Subject: math
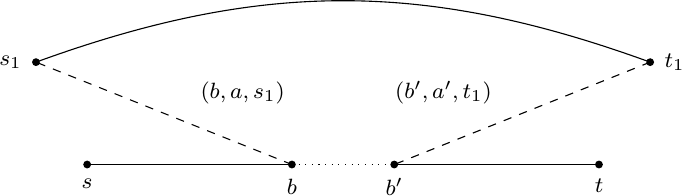
LaTeX code:
\begin{tikzpicture}[scale=1.3,
    every node/.style={font=\footnotesize},
    arrow/.style={    decoration={markings,mark=at position 0.5 with {\arrow{#1}}},    postaction={decorate}  }]

\draw  (0,0)  -- (2,0);
\draw[dotted] (2,0) -- (3,0);
\draw  (3,0)  -- (5,0);
\foreach \x/\label in {0/$s$, 2/$b$, 3/$b'$, 5/$t$} {
  \draw (\x,0) node[circle,fill,inner sep=1pt,label=below:\label] {};
}

\draw (-0.5,1) to [bend left=20] (5.5,1);
\draw (-0.5,1) node[circle,fill,inner sep=1pt,label=left:{$s_1$}]{};
\draw (5.5,1) node[circle,fill,inner sep=1pt,label=right:{$t_1$}]{};

\draw[dashed] (2,0) -- (-0.5,1) node[midway,above,xshift=1cm] {$(b,a,s_1)$};
\draw[dashed] (5.5,1) -- (3,0) node[midway,above,xshift=-1cm] {$(b',a',t_1)$};

\end{tikzpicture}